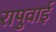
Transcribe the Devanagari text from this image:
रापुवाई